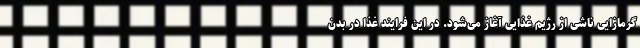
گرمازاییِ ناشی از رژیمِ غذایی آغاز می‌شود. در این فرایند غذا در بدن